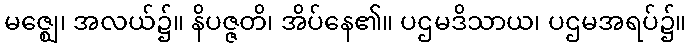
မဇ္ဈေ၊ အလယ်၌။ နိပဇ္ဇတိ၊ အိပ်နေ၏။ ပဌမဒိသာယ၊ ပဌမအရပ်၌။